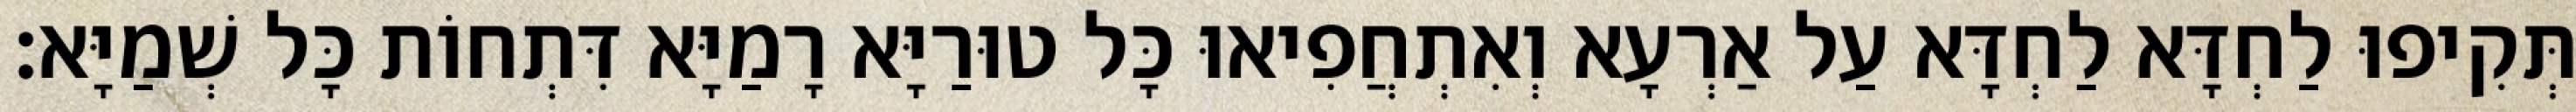
תְּקִיפוּ לַחְדָּא לַחְדָּא עַל אַרְעָא וְאִתְחֲפִיאוּ כָּל טוּרַיָּא רָמַיָּא דִּתְחוֹת כָּל שְׁמַיָּא׃